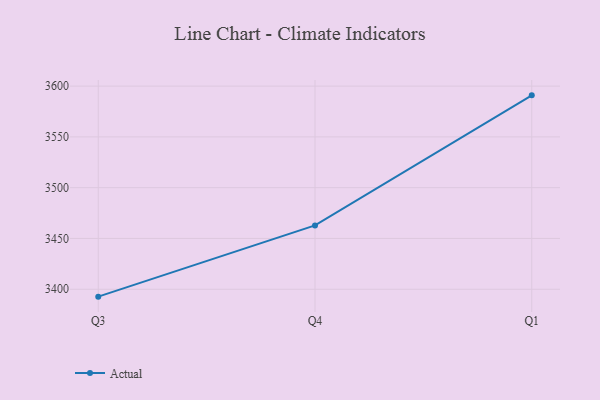
{"axis": {"x": "Quarter", "y": "Net Income (USD K)"}, "legend": ["Actual"], "data": [{"x": "Q3", "y": 3392.7, "type": "Actual"}, {"x": "Q4", "y": 3462.8, "type": "Actual"}, {"x": "Q1", "y": 3590.9, "type": "Actual"}]}